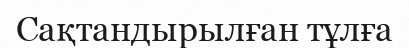
Сақтандырылған тұлға